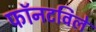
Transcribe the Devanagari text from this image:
फॉनटविले